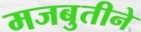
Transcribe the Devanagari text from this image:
मजबुतीने